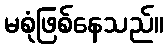
မစုံဖြစ်နေသည်။